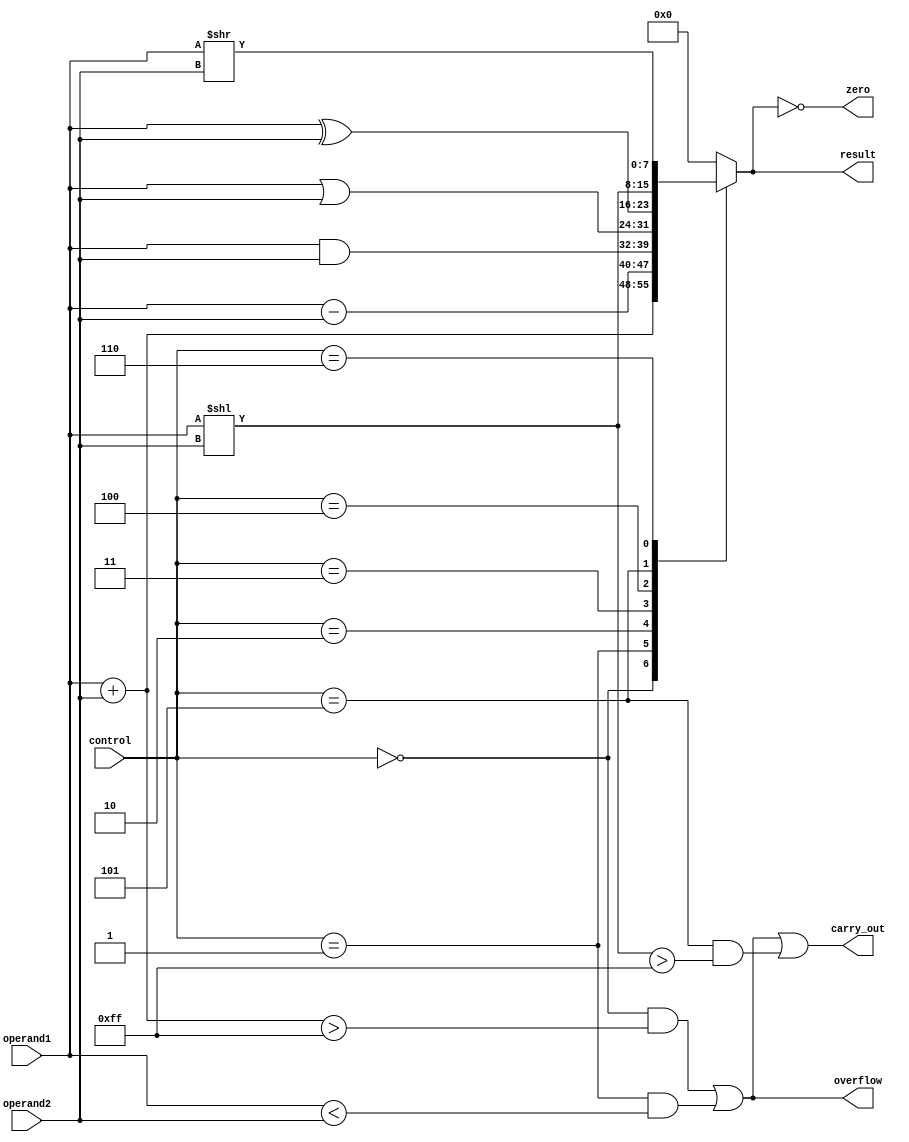
module ALU (
    input [7:0] operand1,
    input [7:0] operand2,
    input [2:0] control,
    output reg [7:0] result,
    output reg zero,
    output reg carry_out,
    output reg overflow
);

always @(*)
begin
    case(control)
        3'h0: result = operand1 + operand2; // Addition
        3'h1: result = operand1 - operand2; // Subtraction
        3'h2: result = operand1 & operand2; // Bitwise AND
        3'h3: result = operand1 | operand2; // Bitwise OR
        3'h4: result = operand1 ^ operand2; // Bitwise XOR
        3'h5: result = operand1 << operand2; // Left shift
        3'h6: result = operand1 >> operand2; // Right shift
        default: result = 8'h0;
    endcase

    zero = (result == 8'h00);
    
    carry_out = ((control == 3'h0 && ((operand1 + operand2) > 8'hFF)) ||
                 (control == 3'h1 && (operand1 < operand2)) ||
                 (control == 3'h5 && ((operand1 << operand2) > 8'hFF)));
    
    overflow = ((control == 3'h0 && ((operand1 + operand2) > 8'hFF)) ||
                (control == 3'h1 && (operand1 < operand2)));
end

endmodule